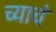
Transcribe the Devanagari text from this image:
च्याचं